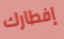
إفطارك